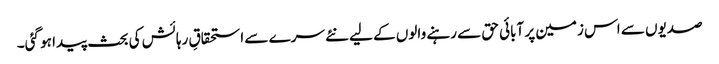
صدیوں سے اس زمین پر آبائی حق سے رہنے والوں کے لیے نئے سرے سے استحقاقِ رہائش کی بحث پیدا ہو گئی۔